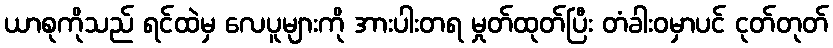
ယာစုကိုသည် ရင်ထဲမှ လေပူများကို အားပါးတရ မှုတ်ထုတ်ပြီး တံခါးဝမှာပင် ငုတ်တုတ်